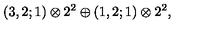
( 3 , 2 ; 1 ) \otimes 2 ^ { 2 } \oplus ( 1 , 2 ; 1 ) \otimes 2 ^ { 2 } ,